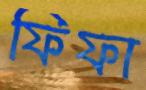
ফিফা